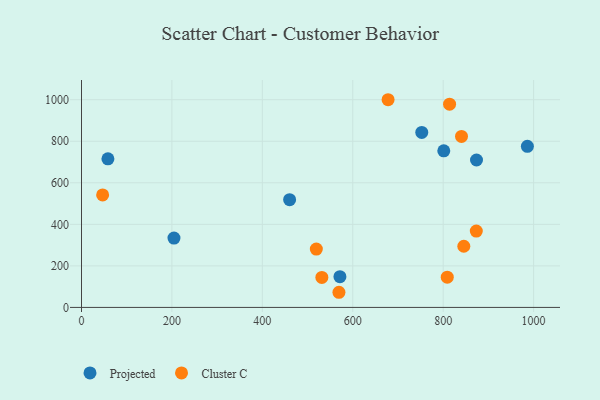
{"axis": {"x": "Price", "y": "Sales"}, "legend": ["Cluster C", "Projected"], "data": [{"x": "58.4", "y": 715.4, "type": "Projected"}, {"x": "460.3", "y": 518.9, "type": "Projected"}, {"x": "571.6", "y": 148.1, "type": "Projected"}, {"x": "801.3", "y": 753.7, "type": "Projected"}, {"x": "986.2", "y": 775.4, "type": "Projected"}, {"x": "752.6", "y": 842.7, "type": "Projected"}, {"x": "873.7", "y": 709.6, "type": "Projected"}, {"x": "204.5", "y": 333.9, "type": "Projected"}, {"x": "809.0", "y": 145.4, "type": "Cluster C"}, {"x": "845.6", "y": 294.4, "type": "Cluster C"}, {"x": "840.5", "y": 823.1, "type": "Cluster C"}, {"x": "519.4", "y": 280.9, "type": "Cluster C"}, {"x": "46.7", "y": 541.7, "type": "Cluster C"}, {"x": "814.1", "y": 978.6, "type": "Cluster C"}, {"x": "569.4", "y": 72.9, "type": "Cluster C"}, {"x": "678.1", "y": 999.9, "type": "Cluster C"}, {"x": "531.6", "y": 144.2, "type": "Cluster C"}, {"x": "873.2", "y": 367.6, "type": "Cluster C"}]}